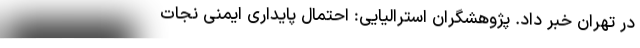
در تهران خبر داد. پژوهشگران استرالیایی: احتمال پایداری ایمنی نجات